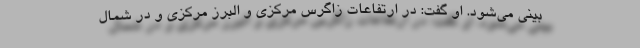
بینی می‌شود. او گفت: در ارتفاعات زاگرس مرکزی و البرز مرکزی و در شمال